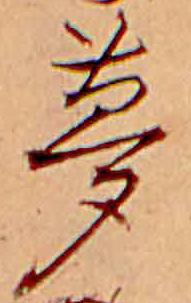
夢